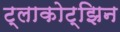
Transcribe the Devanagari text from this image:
ट्लाकोट्झिन